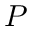
P